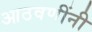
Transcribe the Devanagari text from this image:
आठवणींनी